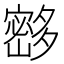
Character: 𰋘